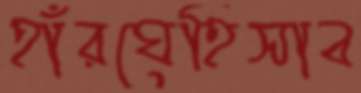
হাঁরঘেহিসাব